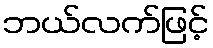
ဘယ်လက်ဖြင့်